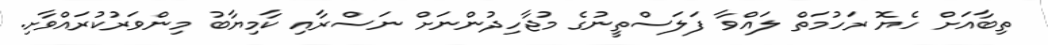
ތިބާއަށް ހެޔޮ ރަހުމަތް ލައްވާ ފަލަސްތީނުގެ މުޖާހިދުންނަށް ނަސްރާއި ކާމިޔާބު މިންވަރުކުރައްވާށި.